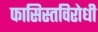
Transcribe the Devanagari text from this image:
फासिस्तविरोधी